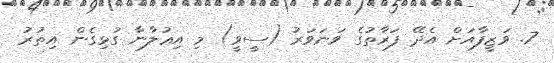
7. ވަޒީފާއަށް އެދޭ ފަރާތުގެ ވަނަވަރު (ސީވީ) މި އިޢުލާނާ ގުޅިގެން އިތުރު